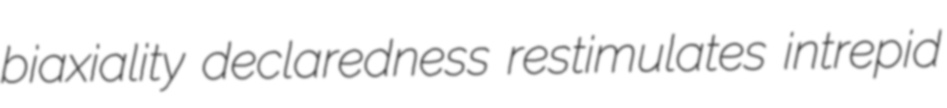
biaxiality declaredness restimulates intrepid